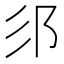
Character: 𮟫